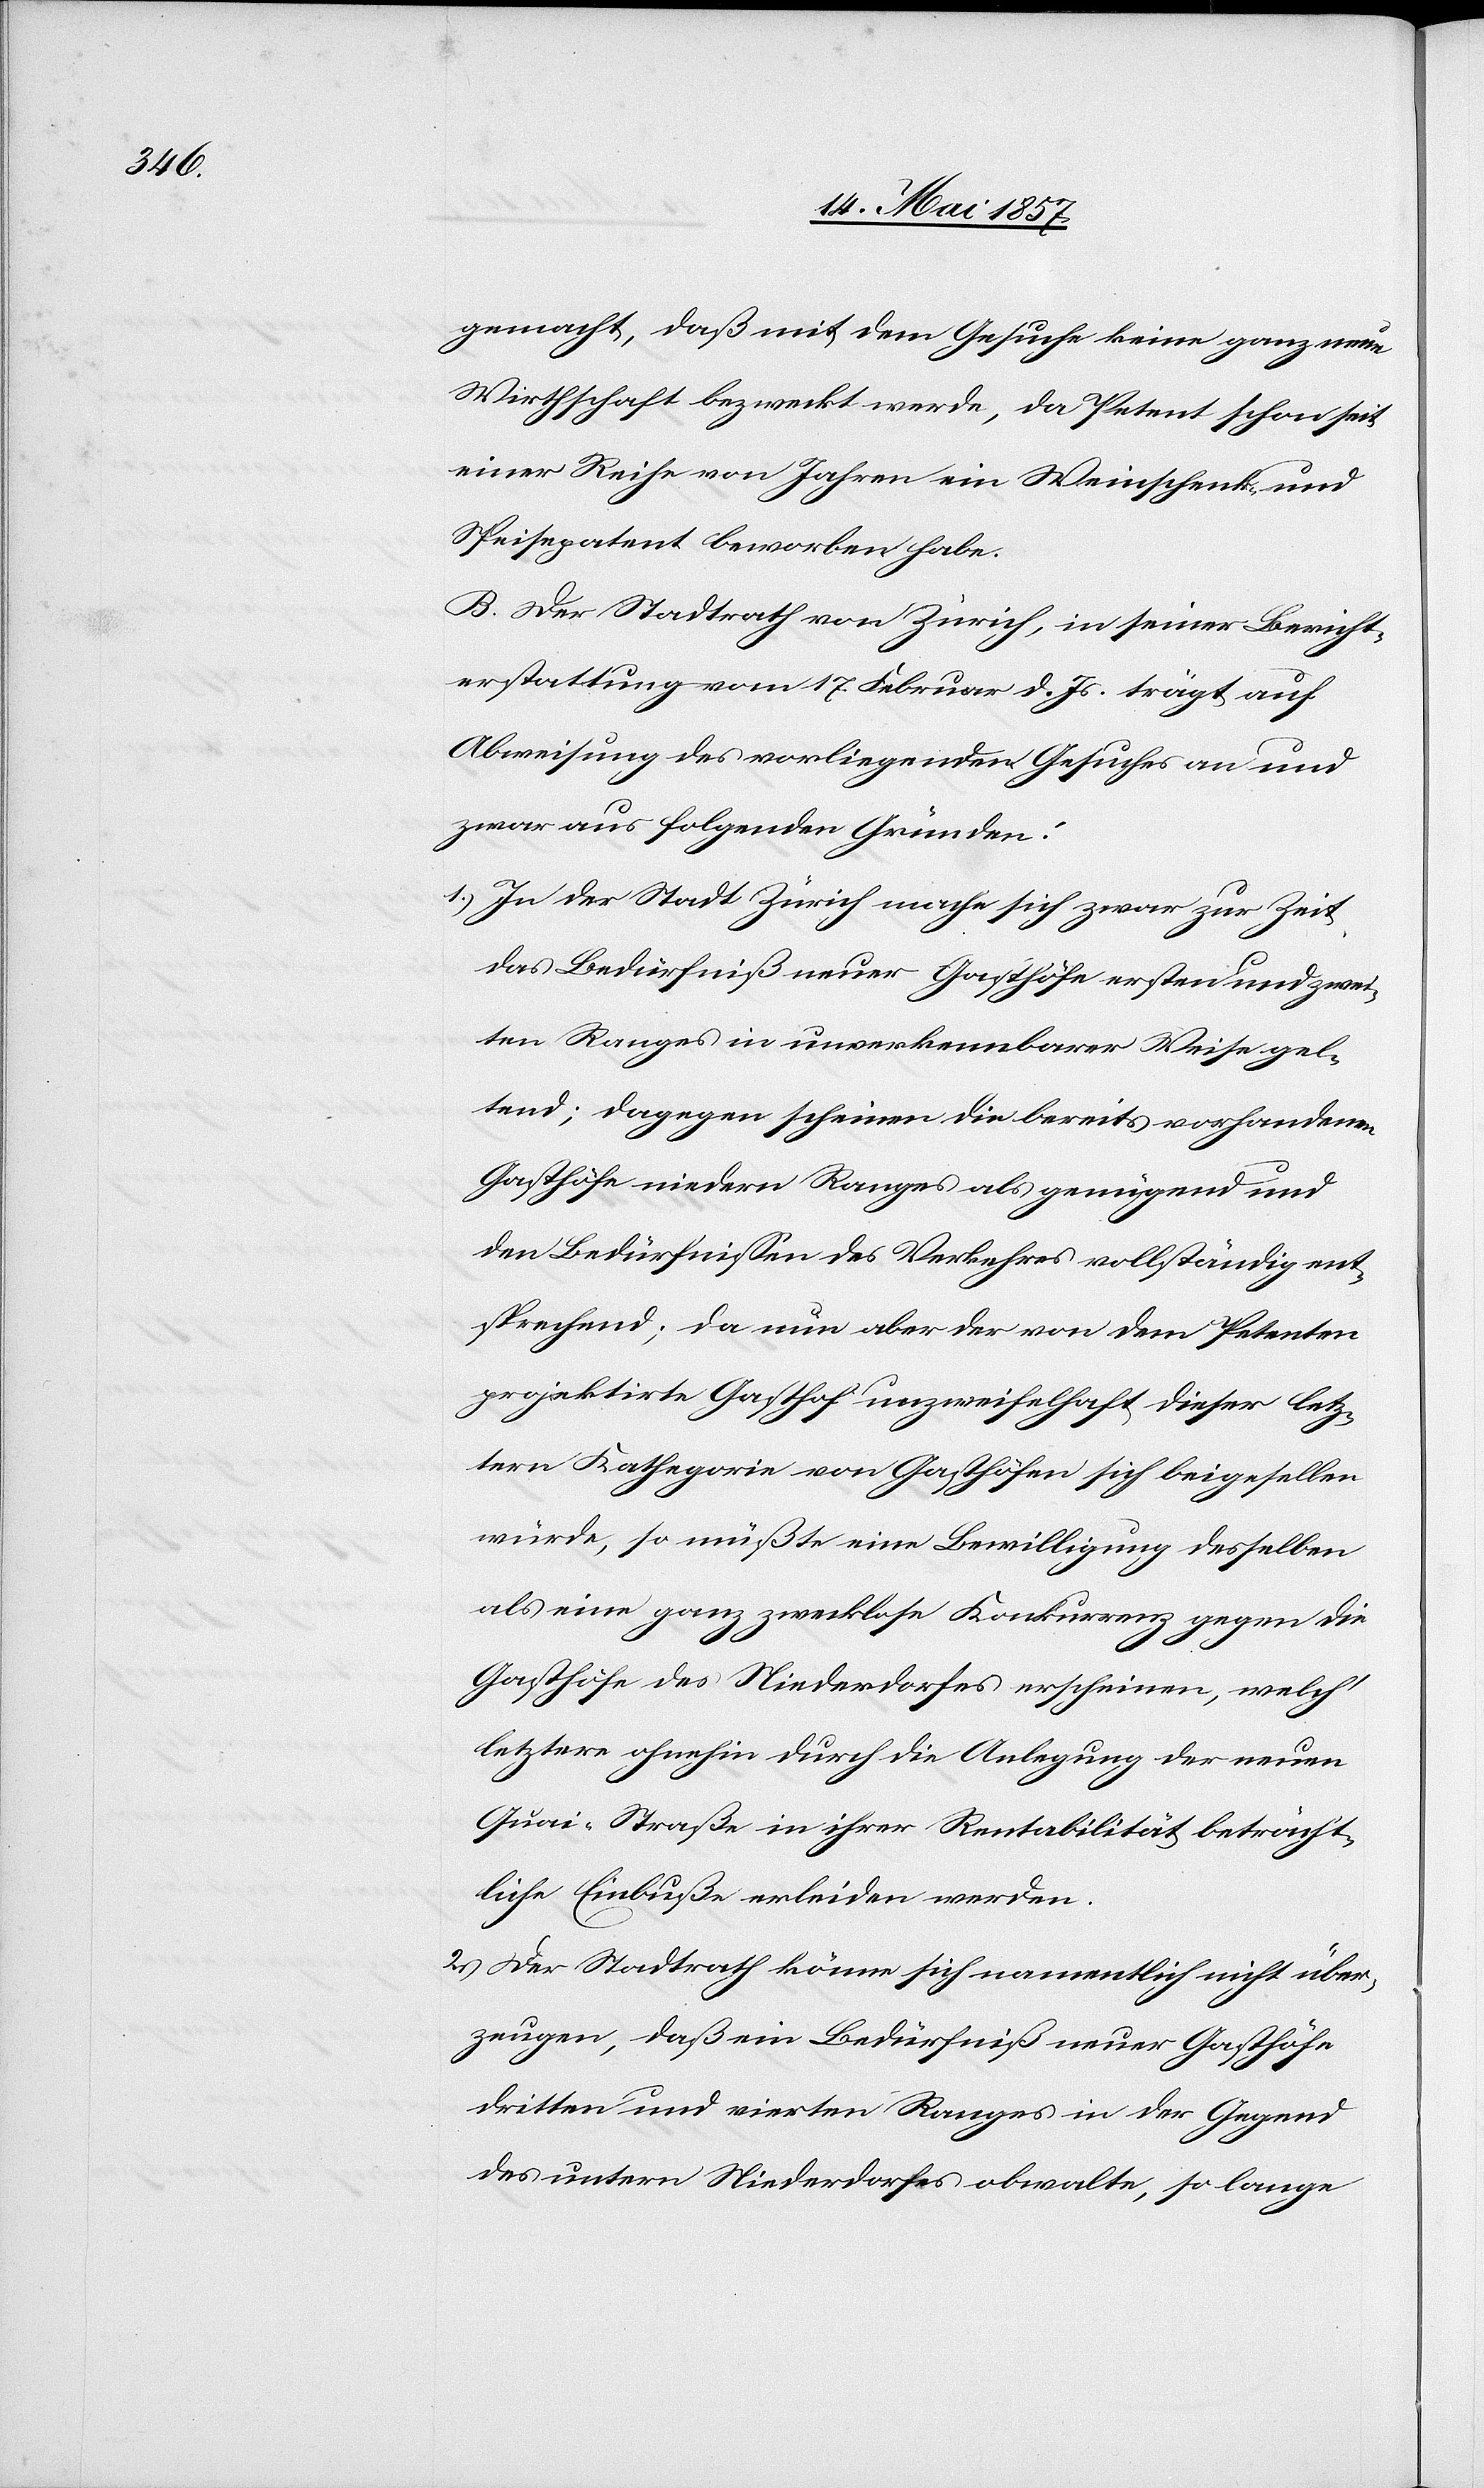
gemacht, daß mit dem Gesuche keine ganz neue
Wirthschaft bezweckt werde, da Petent schon seit
einer Reihe von Jahren ein Weinschenk[-] und
Speisepatent beworben habe.
B. Der Stadtrath von Zürich, in seiner Bericht¬
erstattung vom 17 Februar d. Js. trägt auf
Abweisung des vorliegenden Gesuches an und
zwar aus folgenden Gründen:
1.) In der Stadt Zürich mache sich zwar zur Zeit
das Bedüfniß neuer Gasthöfe ersten und zwei¬
ten Ranges in unverkennbarer Weise gel¬
tend; dagegen scheinen die bereits vorhandenen
Gasthöfe niedern Ranges als genügend und
den Bedürfnissen des Verkehres vollständig ent¬
sprechend; da nun aber der von dem Petenten
projektirte Gasthof unzweifelhaft dieser letz¬
tern Kathegorie von Gasthöfen sich beigesellen
würde, so müßte eine Bewilligung desselben
als eine ganz zwecklose Konkurrenz gegen die
Gasthöfe des Niederdorfes erscheinen, welch’
letztere ohnehin durch die Anlegung der neuen
Quai-Straße in ihrer Rentabilität beträcht¬
liche Einbuße erleiden werden.
2.) Der Stadtrath könne sich namentlich nicht über¬
zeugen, daß ein Bedürfniß neuer Gasthöfe
dritten und vierten Ranges in der Gegend
des untern Niederdorfes obwalte, so lange